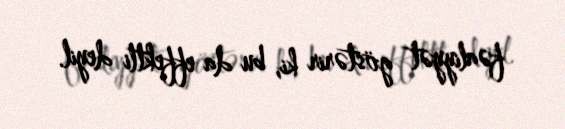
fəaliyyət göstərir ki, bu da effektli deyil.